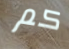
كم